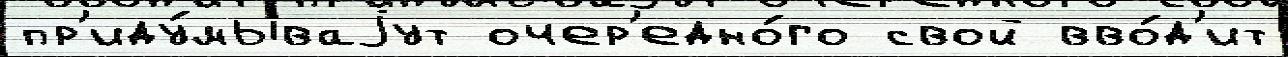
пр'иду́мываjут очер'едно́го свой вво́д'ит